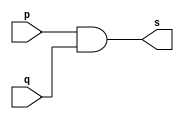
// -------------------------
// Exemplo0003 - AND
// Nome: Thais Mairink
// -------------------------


//-----------------
//--and gate
//-----------------
module andgate(output s, input p, input q);
assign s = p & q;
endmodule //andgate

//-------------
//--test ant gate
//---------------
module tesandgate;
//--------------dados locais
reg a, b;   //definir registradores
wire s;     //definir conexao(fio)

//------------instancia
andgate AND1 (s,a,b);

//------------preparacao
initial begin: start  //atribuicao simultanea dos valores iniciais

a=0; b=0;
end


//-------------Parte Principal
initial begin
	$display("Exemplo0003 - Thais Mairink - 441710");
	$display("Test AND gate");
	$display("%\na & b = s\n");
	a=0; b=0;
#1 $display("%b & %b = %b", a,b,s);
	a=0; b=1;
#1 $display("%b & %b = %b", a,b,s);
	a=1; b=0;
#1 $display("%b & %b = %b", a,b,s);
	a=1; b=1;
#1 $display("%b & %b = %b", a,b,s);
end

endmodule //testandgate